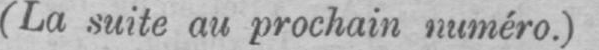
(La suite au prochain numéro.)